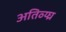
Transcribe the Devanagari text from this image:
अतिव्य्घ्र